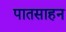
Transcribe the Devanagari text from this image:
पातसाहन